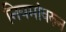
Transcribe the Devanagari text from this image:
नियमांवरुन